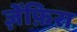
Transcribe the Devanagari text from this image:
ज़ेंफ़िरा